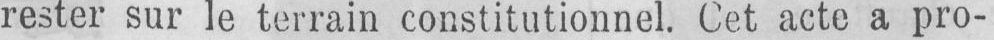
rester sur le terrain constitutionnel. Cet acte a pro-